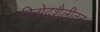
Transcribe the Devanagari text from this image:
विनोदशैलीतून